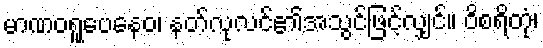
မာဏဝရူပေနေဝ၊ နတ်လုလင်၏အသွင်ဖြင့်လျှင်။ ဝိစရိတုံ၊